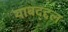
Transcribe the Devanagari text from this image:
याबद्द्दल